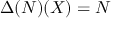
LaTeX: \Delta ( N ) ( X ) = N